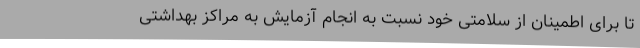
تا برای اطمینان از سلامتی خود نسبت به انجام آزمایش به مراکز بهداشتی